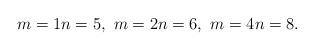
LaTeX: \begin{align*}m = 1 n = 5, \, \, m = 2 n = 6, \, \, m = 4 n = 8.\end{align*}